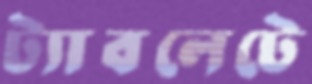
ট্যাবলেটে